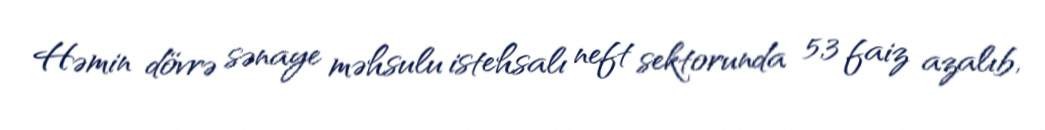
Həmin dövrə sənaye məhsulu istehsalı neft sektorunda 5,3 faiz azalıb,